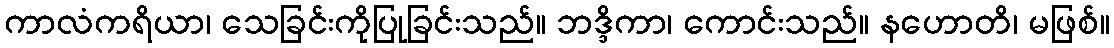
ကာလံကရိယာ၊ သေခြင်းကိုပြုခြင်းသည်။ ဘဒ္ဒိကာ၊ ကောင်းသည်။ နဟောတိ၊ မဖြစ်။